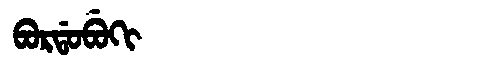
Manchu: ᠪᠣᡵᡩᠣᠪᡠᡴᡳ
Romanization: BORDOBUKI